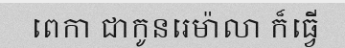
ពេកា ជាកូនរេម៉ាលា ក៏ធ្វើ